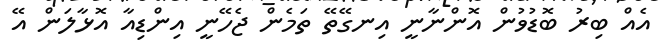
އެއް ބިރު ބޮޑުވުން އޮންނާނީ އިނގޭތޭ ތަމެން ޖެހޭނީ އިންޑިއާ އޮޅާލަން އޭ